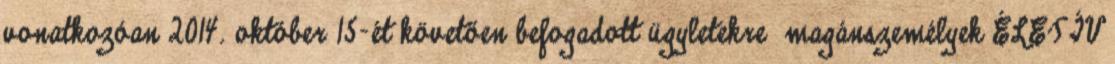
vonatkozóan 2014. október 15-ét követően befogadott ügyletekre magánszemélyek ÉLETÍV